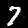
Digit: 7